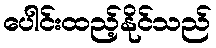
ပေါင်းထည့်နိုင်သည်